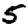
Digit: 5